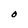
Character: O